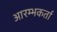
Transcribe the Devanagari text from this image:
आरम्भकर्ता